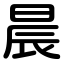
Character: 晨